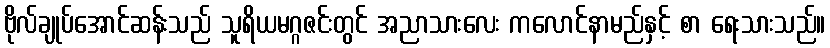
ဗိုလ်ချုပ်အောင်ဆန်းသည် သူရိယမဂ္ဂဇင်းတွင် အညာသားလေး ကလောင်နာမည်နှင့် စာ ရေးသားသည်။